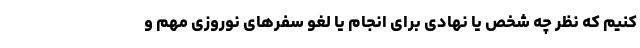
کنیم که نظر چه شخص یا نهادی برای انجام یا لغو سفرهای نوروزی مهم و